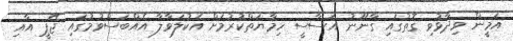
އަމީން ވިދާޅުވި ގޮތުގައި ގާނޫނު އަސާސީ ހިމާޔަތްކުރުމަށް އެކުލަވާލާ އެއްބަސްވުމުގައި ޖޭޕީ އާއި